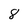
Character: 8